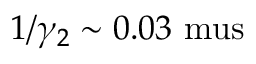
1 / \gamma _ { 2 } \sim 0 . 0 3 \mathrm { \ m u s }